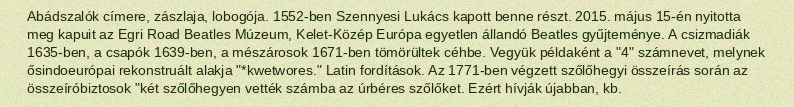
Abádszalók címere, zászlaja, lobogója. 1552-ben Szennyesi Lukács kapott benne részt. 2015. május 15-én nyitotta meg kapuit az Egri Road Beatles Múzeum, Kelet-Közép Európa egyetlen állandó Beatles gyűjteménye. A csizmadiák 1635-ben, a csapók 1639-ben, a mészárosok 1671-ben tömörültek céhbe. Vegyük példaként a "4" számnevet, melynek ősindoeurópai rekonstruált alakja "*kwetwores." Latin fordítások. Az 1771-ben végzett szőlőhegyi összeírás során az összeíróbiztosok "két szőlőhegyen vették számba az úrbéres szőlőket. Ezért hívják újabban, kb.